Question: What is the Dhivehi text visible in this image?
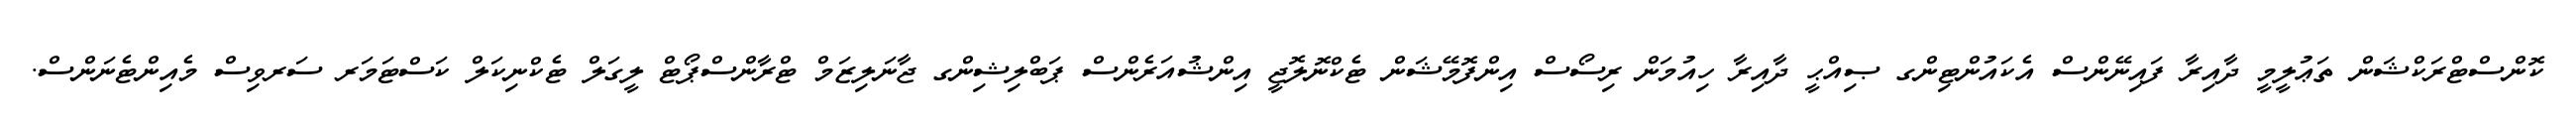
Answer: ކޮންސްޓްރަކްޝަން ތަޢުލީމީ ދާއިރާ ފައިނޭންސް އެކައުންޓިންގ ޞިއްޙީ ދާއިރާ ހިއުމަން ރިސޯސް އިންފޮމޭޝަން ޓެކްނޮލޮޖީ އިންޝުއަރެންސް ޕަބްލިޝިންގ ޖާނަލިޒަމް ޓްރާންސްޕޯޓް ލީގަލް ޓެކްނިކަލް ކަސްޓަމަރ ސަރވިސް މެއިންޓެނަންސް.